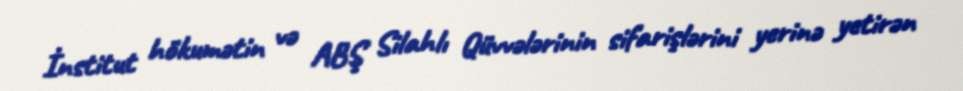
İnstitut hökumətin və ABŞ Silahlı Qüvvələrinin sifarişlərini yerinə yetirən